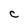
Character: c